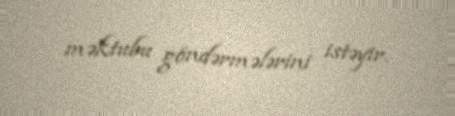
məktubu göndərmələrini istəyir.